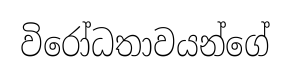
විරෝධතාවයන්ගේ